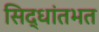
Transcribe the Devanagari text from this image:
सिद्धांतभत